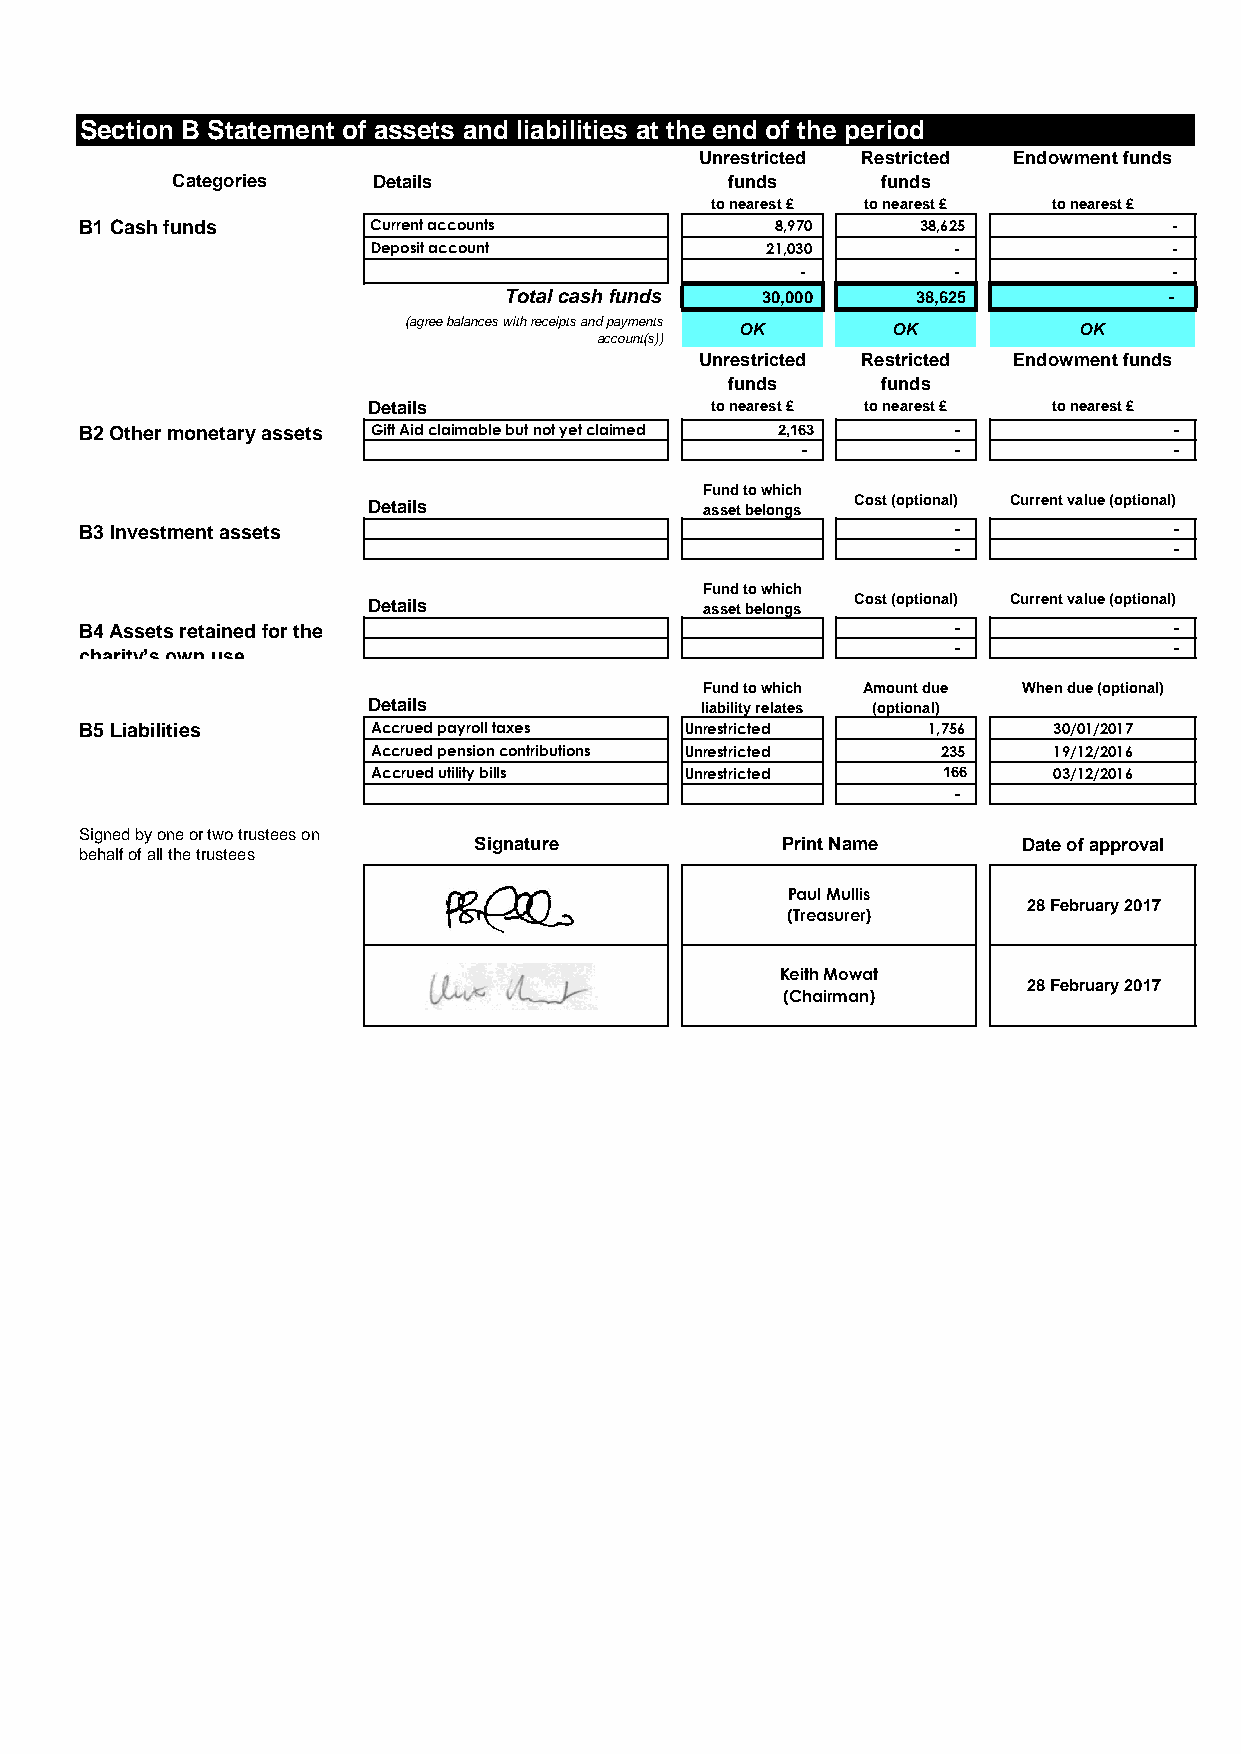
Section B Statement of assets and liabilities at the end of the period
 Unrestricted Restricted Endowment funds
 Categories    Details                funds     funds
 to nearest £ to nearest £ to nearest £
 B1 Cash funds       Current accounts          8,970     38,625           -
 Deposit account           21,030      -              -
 -         -              -
 Total cash funds 30,000     38,625          -
 (agree balances with receipts and payments OK OK OK
 account(s))
 Unrestricted Restricted Endowment funds
 funds     funds
 Details                to nearest £ to nearest £ to nearest £
 B2 Other monetary assets Gift Aid claimable but not yet claimed 2,163 -  -
 -         -              -
 Fund to which
 Details                asset belongs Cost (optional) Current value (optional)
 B3 Investment assets                                      -              -
 -              -
 Fund to which
 Details                asset belongs Cost (optional) Current value (optional)
 B4 Assets retained for the                                -              -
 charity’s own use                                         -              -
 Fund to which Amount due When due (optional)
 Details               liability relates (optional)
 B5 Liabilities      Accrued payroll taxes Unrestricted  1,756    30/01/2017
 Accrued pension contributions Unrestricted 235 19/12/2016
 Accrued utility bills Unrestricted   166     03/12/2016
 -
 Signed by one or two trustees on
 Signature            Print Name      Date of approval
 behalf of all the trustees
 Paul Mullis
 28 February 2017
 (Treasurer)
 Keith Mowat
 28 February 2017
 (Chairman)